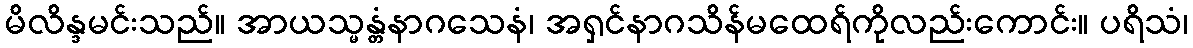
မိလိန္ဒမင်းသည်။ အာယသ္မန္တံနာဂသေနံ၊ အရှင်နာဂသိန်မထေရ်ကိုလည်းကောင်း။ ပရိသံ၊